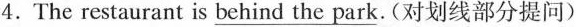
4.The restaurant is \underline{behind the park}.(对划线部分提问)